Vital statistics of India. Vol. VI, European troops 1870-79
Year: 1870
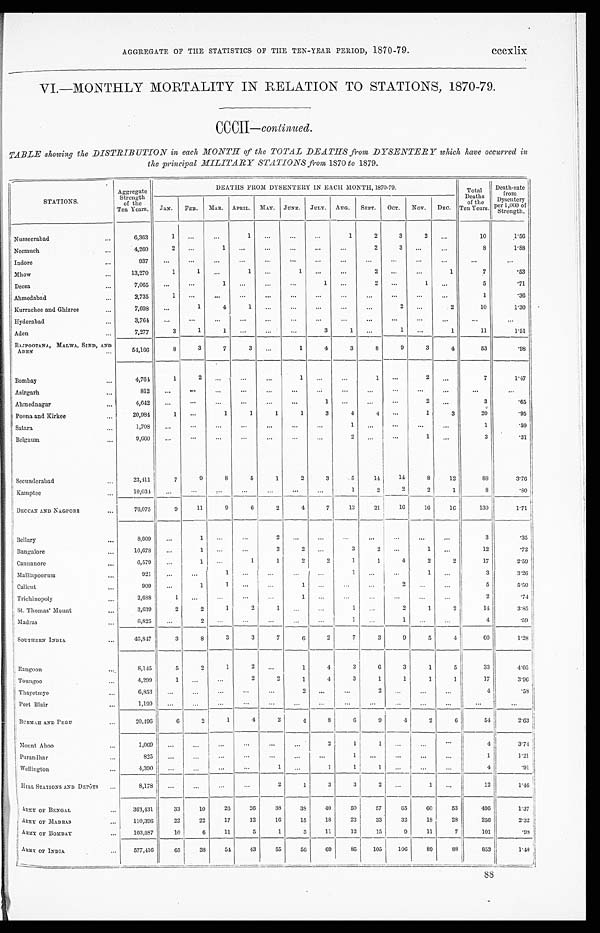
cccxlix
AGGREGATE OF THE STATISTICS OF THE TEN-YEAR PERIOD, 1870-79.
VI.—MONTHLY MORTALITY IN RELATION TO STATIONS, 1870-79.
CCCII— continued.
TABLE showing the DISTRIBUTION in each MONTH of the TOTAL DEATHS from DYSENTERY which have occurred in
the principal MILITARY STATIONS from 1870 to 1879.
STATIONS.
Aggregate
Strength
of the
Ten Years.
DEATHS FROM DYSENTERY IN EACH MONTH, 1870-79.
Total
Deaths
of the
Ten
Years.
Death-rate
f r o m
D y s e n t e r y
p e r 1 , 0 0 0 o f
Strength.
JAN. FEB. MAR. APRIL. MAY. JUNE. JULY. AUG. SEPT. OCT. NOV. DEC.
Nusseerabad
...
6,363
1
. . . ...
1
...
...
...
1
2
3
2
. . .
10
1.56
Neemuch
...
4,260
2
. . .
1
. . . ...
...
...
...
2
3
. . .
. . .
8
1.88
Indore
...
937
. . .
. . .
. . .
. . .
. . .
. . .
. . . ...
. . .
. . .
. . .
. . .
. . .
. . .
Mhow
. . .
13,270
1
1
. . .
1
. . .
1
...
. . .
2
. . . ...
1
7
. 5 3
Deesa
...
7,065
. . .
. . .
1
. . .
. . .
. . .
1
. . .
2
. . .
1
. . .
5
. 7 1
Ahmedabad
...
2,735
1
. . .
...
. . .
. . .
. . .
. . .
. . .
. . .
. . .
. . .
. . .
1
. 3 6
Kurrachee and Ghizree
. . .
7,698
. . .
1
4
1
. . .
. . . ...
...
...
2
. . .
2
10
1.30
Hyderabad
...
3,764
...
...
. . .
. . .
. . .
...
. . .
. . .
. . .
. . .
. . . ...
. . .
...
Aden
. . .
7,277
3
1
1
. . .
. . .
. . .
3
1
. . .
1
...
1
11
1.51
RAJPOOTANA, MALWA, SIND, AND
54,166
8
3
7
3
. . .
1
4
3
8
9
3
4
53
.98
ADEN
. . .
Bombay
...
4,764
1
2
. . .
. . . ...
1
...
...
1
...
2
. . .
7
1.47
Asirgarh
. . .
812
...
. . .
. . .
. . .
. . .
. . .
. . .
. . .
...
. . .
. . .
...
...
...
Ahmednagar
...
4,642
...
. . . ...
...
...
...
1
. . .
. . .
. . .
2
...
3
. 6 5
Poona and Kirkee
. . .
20,984
1
. . .
1
1
1
1
3
4
4
. . .
1
3
20
. 9 5
Satara
...
1,708
. . .
. . .
. . .
. . . ...
...
. . .
1
...
. . . ...
. . .
1
. 5 9
Belgaum
. . .
9,660
. . .
. . .
. . .
. . .
. . .
. . .
. . .
2
. . .
. . .
1
. . .
3
. 3 1
Secunderabad
...
23,411
7
9
8
5
1
2
3
5
14
14
8
12
88
3.76
Kamptee
...
10,034
...
...
. . .
. . . ...
...
...
1
2
2
2
1
8
. 8 0
DECCAN AND NAGPORE
...
76,075
9
11
9
6
2
4
7
13
21
16
16
16
130
1.71
Bellary
. . .
8,609
...
1
. . .
...
2
. . .
...
...
...
...
...
. . .
3
. 3 5
Bangalore
. . .
16,678
...
1
. . . ...
3
2
. . .
3
2
. . .
1
. . .
12
. 7 2
Cannanore
...
6,579
...
1
. . .
1
1
2
2
1
1
4
2
2
17
2.59
Malliapoorum
. . .
921
...
...
1
. . .
. . .
. . .
. . .
1
. . .
. . .
1
. . .
3
3.26
Calicut
...
909
...
1
1
. . . ...
1
...
...
. . .
2
. . .
. . .
5
5.50
Trichinopoly
...
2,688
1
...
...
...
. . .
1
. . . ...
. . .
...
. . .
. . .
2
. 7 4
St. Thomas' Mount
. . .
3,639
2
2
1
2
1
. . .
. . .
1
...
2
1
2
14
3.85
Madras
. . .
6,825
. . .
2
. . . ...
. . .
. . . ...
1
...
1
...
...
4
. 5 9
SOUTHERN INDIA
...
46,847
3
8
3
3
7
6
2
7
3
9
5
4
6 0
1.28
Rangoon
...
8,145
5
2
1
2
. . .
1
4
3
6
3
1
5
33
4.05
Toungoo
. . .
4,299
1
. . . ...
2
2
1
4
3
1
1
1
1
1 7
3.96
Thayetmyo
...
6,853
...
. . . ...
. . . ...
2
. . . ...
2
. . . ...
...
4
. 5 8
Port Blair
...
1,199
...
. . .
. . .
. . .
. . .
. . .
. . .
. . .
...
. . .
. . .
. . .
. . .
...
B U R M A H A N D P E G U
...
20,496
6
2
1
4
2
4
8
6
9
4
2
6
54
2.63
Mount Aboo
...
1,069
...
. . .
. . . ...
...
...
2
1
1
. . . ...
. . .
4
3.74
Pu r a n d h a r
. . .
825
...
...
...
. . .
. . .
. . . ...
1
...
. . . ...
...
1
1.21
Wellington
...
4,390
. . .
. . .
...
...
1
...
1
1
1
...
. . .
. . .
4
. 9 1
HILL STATIONS AND DEPÔTS ...
8,178
...
. . .
. . .
. . .
2
1
3
3
2
. . .
1
. . .
12
1.46
ARMY OF BENGAL
...
363,431
33
10
26
26
38
38
40
50
57
65
60
53
496
1.37
ARMY OF MADRAS
...
110,396
22
22
17
12
16
15
18
23
33
32
18
28
256
2.32
ARMY OF BOMBAY
...
103,587
10
6
11
5
1
3
11
12
15
9
11
7
101
. 9 8
ARMY OF INDIA
. . .
577,416
65
38
54
43
55
56
69
85
105
106
89
88
853 1.48
88